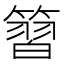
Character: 𥱵